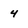
Character: 4